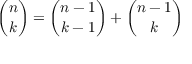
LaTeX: { \binom { n } { k } } = { \binom { n - 1 } { k - 1 } } + { \binom { n - 1 } { k } }